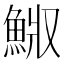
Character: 𩷅